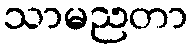
သာမညတာ